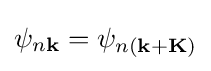
\psi _{n\mathbf {k} }=\psi _{n(\mathbf {k+K} )}